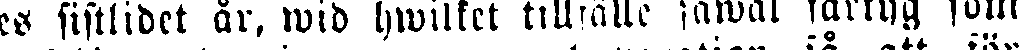
es sistlidet år, wid hwilket tillfälle såwäl fartyg som